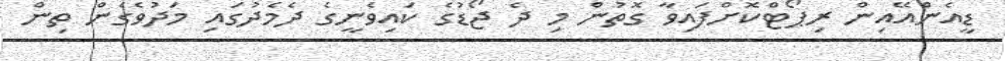
ޑީއެންއޭއިން ރިޕޯޓްކޮށްފައިވާ ގޮތުން މި ދެ ޖޯޑުގެ ކައިވެނީގެ ދެމެދުގައި މަދުވެގެން ތިން